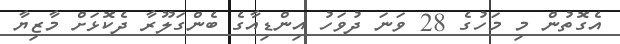
އެގޮތުން މި މަހުގެ 28 ވަނަ ދުވަހު އިންޑިއާގެ ބެންގަލޫރާ ދެކޮޅަށް މާޒިޔާ